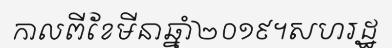
កាលពីខែមីនាឆ្នាំ២០១៩។សហរដ្ឋ